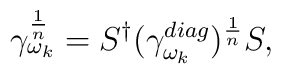
\gamma_{\omega_{k}}^{\frac{1}{n}}= S^{\dagger}(\gamma_{\omega_{k}}^{diag})^{\frac{1}{n}}S,